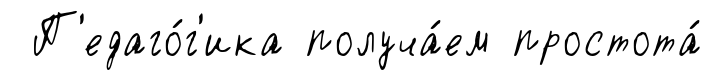
П'едаго́г'ика получа́ем простота́